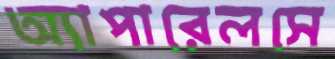
অ্যাপারেলসে